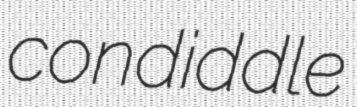
condiddle